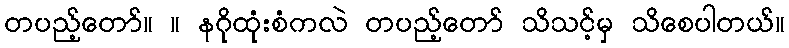
တပည့်တော်။ ။ နဂိုထုံးစံကလဲ တပည့်တော် သိသင့်မှ သိစေပါတယ်။